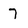
Character: 7